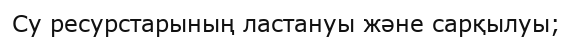
Су ресурстарының ластануы және сарқылуы;